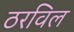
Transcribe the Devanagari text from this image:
ठरविल